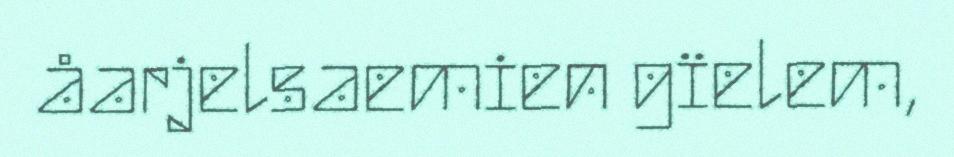
åarjelsaemien gïelem,